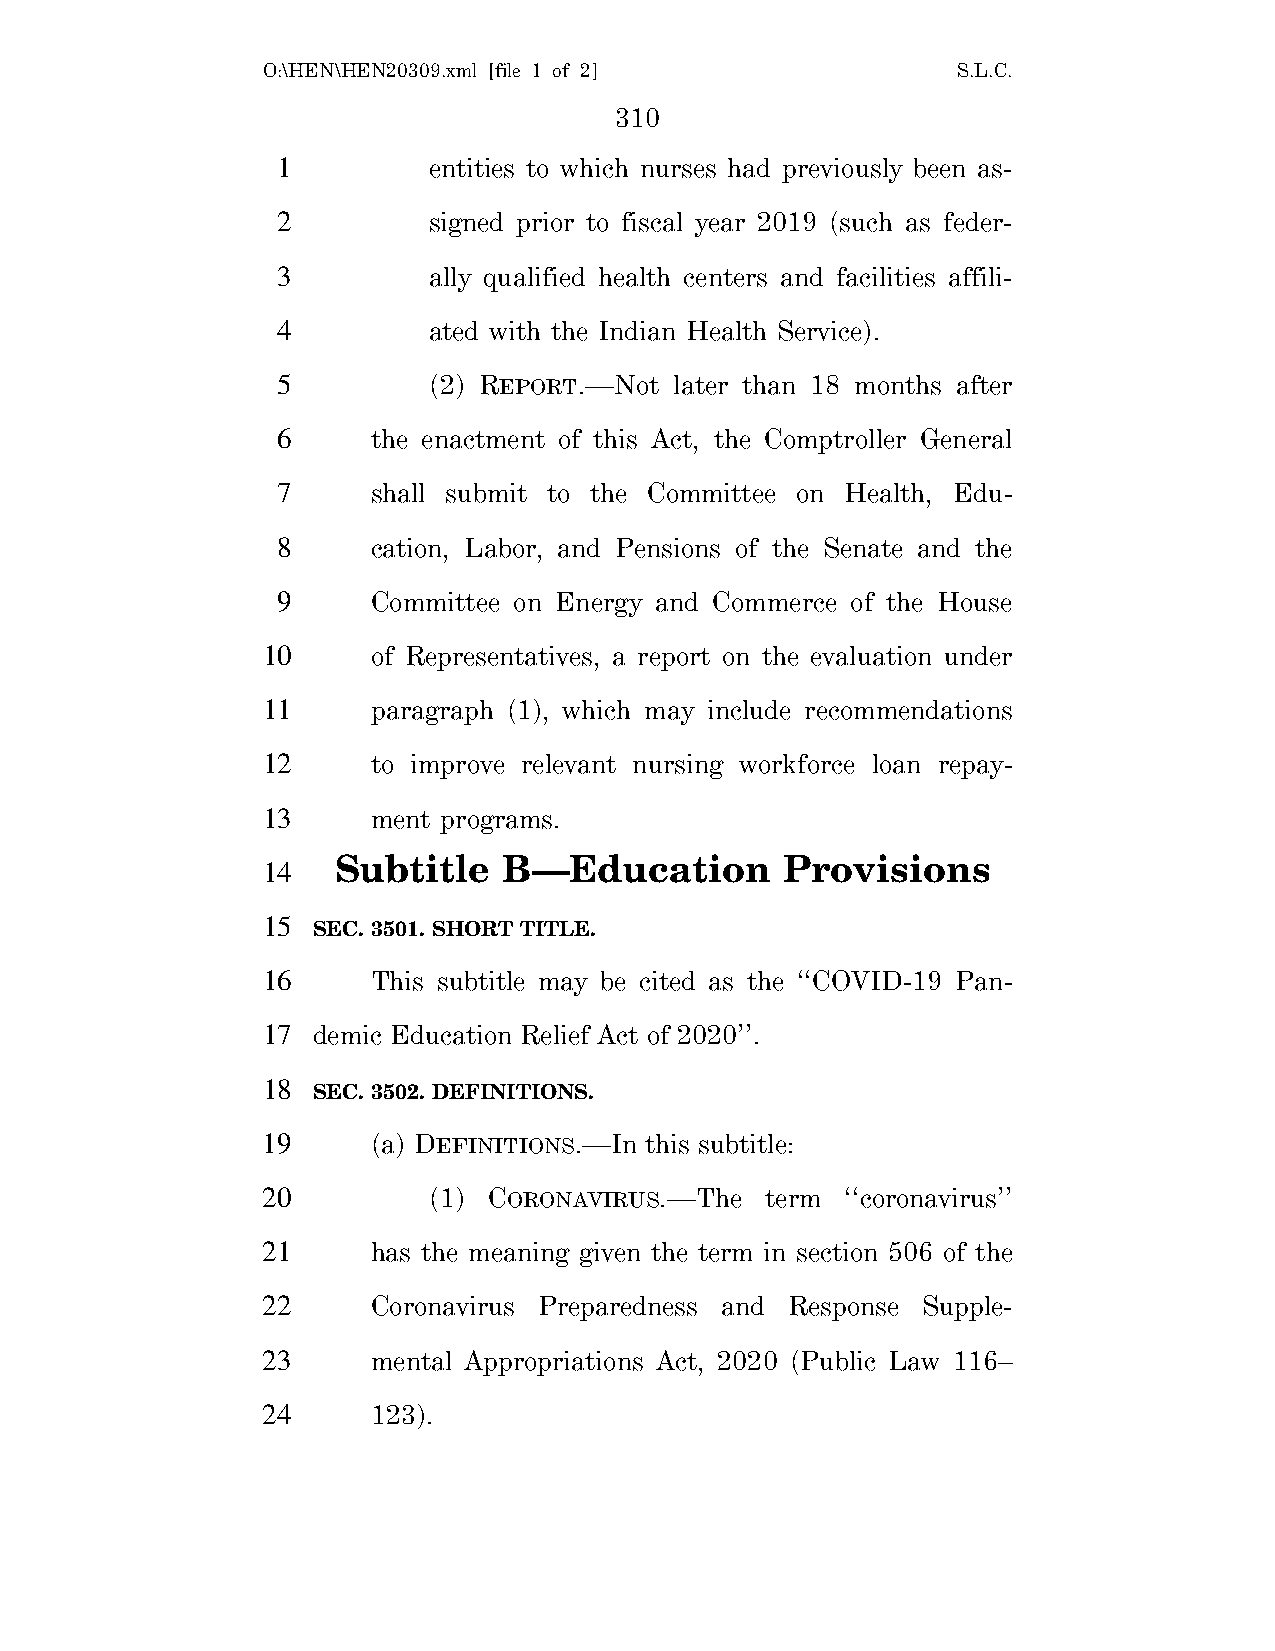
O:\HEN\HEN20309.xml [file 1 of 2]             S.L.C.
 310
 1         entities to which nurses had previously been as-
 2         signed prior to fiscal year 2019 (such as feder-
 3         ally qualified health centers and facilities affili-
 4         ated with the Indian Health Service).
 5         (2) REPORT.—Not  later than 18 months after
 6      the enactment of this Act, the Comptroller General
 7      shall submit to the Committee on Health, Edu-
 8      cation, Labor, and Pensions of the Senate and the
 9      Committee on Energy and Commerce of the House
 10      of Representatives, a report on the evaluation under
 11      paragraph (1), which may include recommendations
 12      to improve relevant nursing workforce loan repay-
 13      ment programs.
 Subtitle   B—Education        Provisions
 14
 15
 SEC. 3501. SHORT TITLE.
 16      This subtitle may be cited as the ‘‘COVID-19 Pan-
 17  demic Education Relief Act of 2020’’.
 18
 SEC. 3502. DEFINITIONS.
 19      (a) DEFINITIONS.—In this subtitle:
 20         (1) CORONAVIRUS.—The   term ‘‘coronavirus’’
 21      has the meaning given the term in section 506 of the
 22      Coronavirus Preparedness and Response Supple-
 23      mental Appropriations Act, 2020 (Public Law 116–
 24      123).